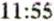
11:55